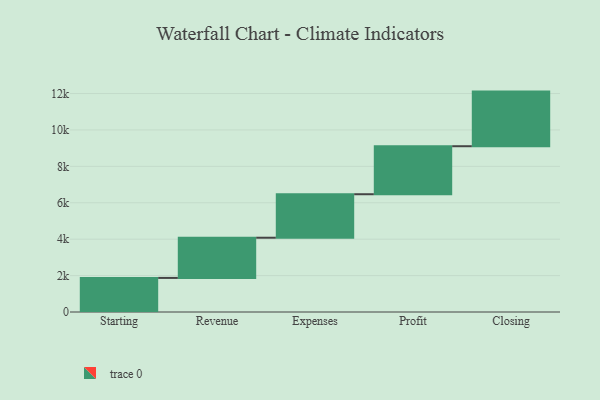
{"axis": {"x": "Step", "y": "Value"}, "legend": [""], "data": [{"x": "Starting", "y": 1872.0, "type": ""}, {"x": "Revenue", "y": 2208.0, "type": ""}, {"x": "Expenses", "y": 2389.0, "type": ""}, {"x": "Profit", "y": 2637.0, "type": ""}, {"x": "Closing", "y": 3000, "type": ""}]}